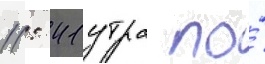
11: 41 утра по́